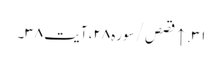
۳۱. ↑ قصص/سوره۲۸، آیت ۳۸۔